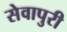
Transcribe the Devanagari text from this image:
सेवापुरी